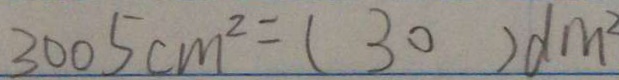
3 0 0 5 c m ^ { 2 } = ( 3 0 ) d m ^ { 2 }